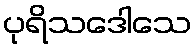
ပုရိသဒေါသေ